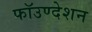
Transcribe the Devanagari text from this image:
फॉउण्देशन